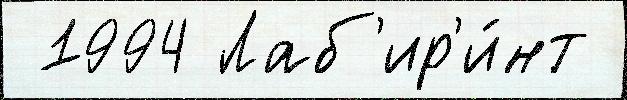
 1994 Лаб'ир'и́нт